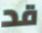
قد